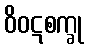
ဝိဝဋစက္ခု